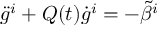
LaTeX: { \ddot { g } } ^ { i } + Q ( t ) { \dot { g } } ^ { i } = - { \tilde { \beta } } ^ { i }